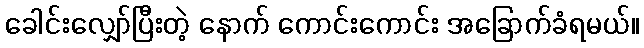
ခေါင်းလျှော်ပြီးတဲ့ နောက် ကောင်းကောင်း အခြောက်ခံရမယ်။